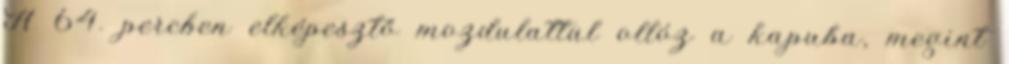
A 64. percben elképesztő mozdulattal ollóz a kapuba, megint